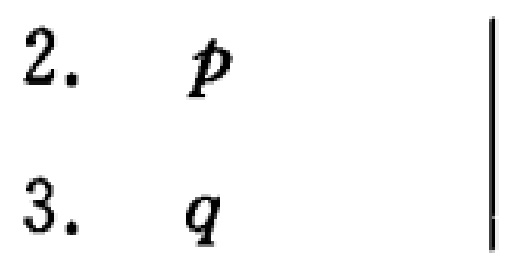
\begin{enumerate}
\item $p$
\item $q$
\end{enumerate}